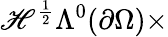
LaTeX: \mathscr{H}^{\frac{{1}}{{2}}}\Lambda^{0}(\partial\Omega)\times